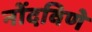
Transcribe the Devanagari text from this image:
नोंदविणे